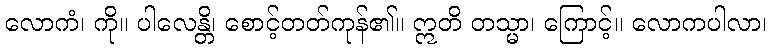
လောကံ၊ ကို။ ပါလေန္တိ၊ စောင့်တတ်ကုန်၏။ ဣတိ တသ္မာ၊ ကြောင့်။ လောကပါလာ၊